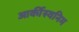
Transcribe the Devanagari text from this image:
आर्कीस्वनिम